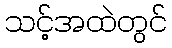
သင့်အထဲတွင်